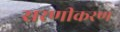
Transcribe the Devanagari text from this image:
सरणीकरण